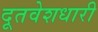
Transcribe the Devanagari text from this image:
दूतवेशधारी